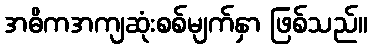
အဓိကအကျဆုံးစစ်မျက်နှာ ဖြစ်သည်။